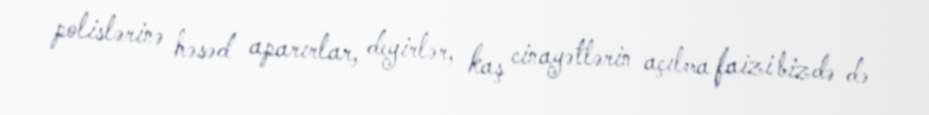
polislərinə həsəd aparırlar, deyirlər, kaş cinayətlərin açılma faizi bizdə də